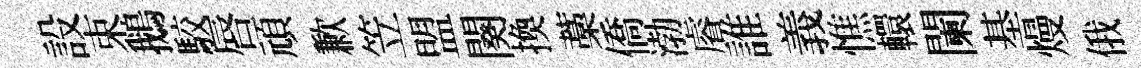
設束鵝駮唇頑歉笠盟闋換藁僑渤𥈠誰義憔轘闌基熳俄